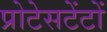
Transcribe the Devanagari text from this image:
प्रोटेसटेंटों